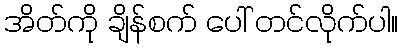
အိတ်ကို ချိန်စက် ပေါ် တင်လိုက်ပါ။